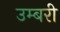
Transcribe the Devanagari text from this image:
उम्बरी